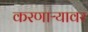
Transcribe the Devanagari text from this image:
करणाऱ्यावर